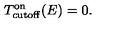
T _ { \mathrm { c u t o f f } } ^ { \mathrm { o n } } ( E ) = 0 .